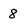
Character: 8